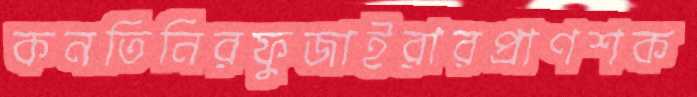
কনতিনিরফুজাইরারপ্রাণশক